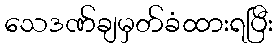
သေဒဏ်ချမှတ်ခံထားရပြီး